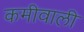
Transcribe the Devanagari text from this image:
कमीवाली